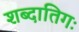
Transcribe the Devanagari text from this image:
शब्दातिगः